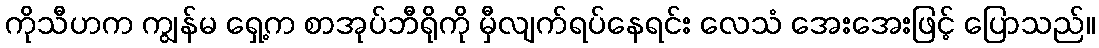
ကိုသီဟက ကျွန်မ ရှေ့က စာအုပ်ဘီရိုကို မှီလျက်ရပ်နေရင်း လေသံ အေးအေးဖြင့် ပြောသည်။